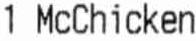
1 MCCHICKEN